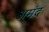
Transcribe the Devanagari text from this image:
अमंद